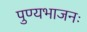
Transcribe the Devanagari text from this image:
पुण्यभाजनः